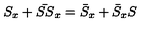
S _ { x } + \bar { S S } _ { x } = \bar { S } _ { x } + \bar { S } _ { x } S